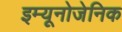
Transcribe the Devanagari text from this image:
इम्यूनोजेनिक